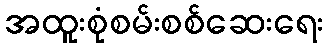
အထူးစုံစမ်းစစ်ဆေးရေး